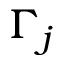
\Gamma _ { j }